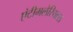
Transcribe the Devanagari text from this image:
एंटीमलेरियल्स